Vaccination North-Western Provinces 1866-1877 - 1866-1877
Year: 1866
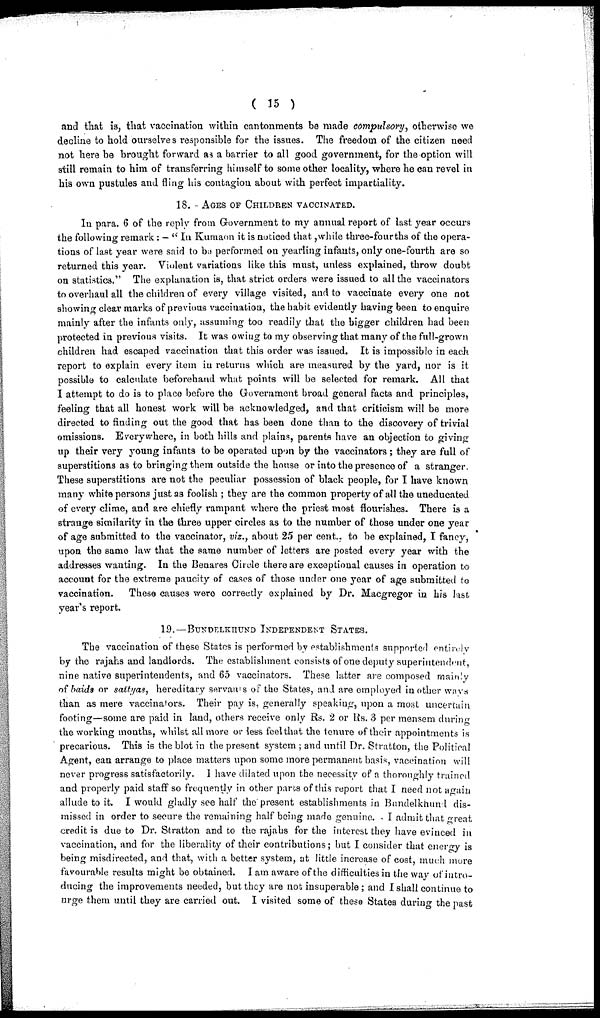
( 15 )
and that is, that vaccination within cantonments be made compulsory, otherwise we
decline to hold ourselves responsible for the issues. The freedom of the citizen need
not here be brought forward as a barrier to all good government, for the option will
still remain to him of transferring himself to some other locality, where he can revel in
his own pustules and fling his contagion about with perfect impartiality.
18. - AGES OF CHILDREN VACCINATED.
In para. 6 of the reply from Government to my annual report of last year occurs
the following remark : - " In Kumaon it is noticed that ,while three-fourths of the opera-
tions of last year were said to be performed on yearling infants, only one-fourth are so
returned this year. Violent variations like this must, unless explained, throw doubt
on statistics." The explanation is, that strict orders were issued to all the vaccinators
to overhaul all the children of every village visited, and to vaccinate every one not
showing clear marks of previous vaccination, the habit evidently having been to enquire
mainly after the infants only, assuming too readily that the bigger children had been
protected in previous visits. It was owing to my observing that many of the full-grown
children had escaped vaccination that this order was issued. It is impossible in each
report to explain every item in returns which are measured by the yard, nor is it
possible to calculate beforehand what points will be selected for remark. All that
I attempt to do is to place before the Government broad general facts and principles,
feeling that all honest work will be acknowledged, and that criticism will be more
directed to finding out the good that has been done than to the discovery of trivial
omissions. Everywhere, in both hills and plains, parents have an objection to giving
up their very young infants to be operated upon by the vaccinators; they are full of
superstitions as to bringing them outside the house or into the presence of a stranger.
These superstitions are not the peculiar possession of black people, for I have known
many white persons just as foolish ; they are the common property of all the uneducated
of every clime, and are chiefly rampant where the priest most flourishes. There is a
strange similarity in the three upper circles as to the number of those under one year
of age submitted to the vaccinator, viz., about 25 per cent.. to be explained, I fancy,
upon the same law that the same number of letters are posted every year with the
addresses wanting. In the Benares Circle there are exceptional causes in operation to
account for the extreme paucity of cases of those under one year of age submitted to
vaccination.
These causes were correctly explained by Dr. Macgregor in his last
year's report.
19.—BUNDELKHUND INDEPENDENT STATES.
The vaccination of these States is performed by establishments supported entirely
by the rajahs and landlords. The establishment consists of one deputy superintendent,
nine native superintendents, and 65 vaccinators. These latter are composed mainly
of baida or sattyas, hereditary servants of the States, and are employed in other ways
than as mere vaccinators. Their pay is, generally speaking, upon a most uncertain
footing—some are paid in land, others receive only Rs. 2 or Rs. 3 per mensem during
the working months, whilst all more or less feel that the tenure of their appointments is
precarious. This is the blot in the present system ; and until Dr. Stratton, the Political
Agent, can arrange to place matters upon some more permanent basis, vaccination will
never progress satisfactorily. I have dilated upon the necessity of a thoroughly trained
and properly paid staff so frequently in other parts of this report that I need not again
allude to it. I would gladly see half the present establishments in Bundelkhund dis-
missed in order to secure the remaining half being made genuine. I admit that great
credit is due to Dr. Stratton and to the rajahs for the interest they have evinced in
vaccination, and for the liberality of their contributions; but I consider that energy is
being misdirected, and that, with a better system, at little increase of cost, much more
favourable results might be obtained. I am aware of the difficulties in the way of intro-
ducing the improvements needed, but they are not insuperable ; and I shall continue to
urge them until they are carried out. I visited some of these States during the past